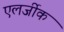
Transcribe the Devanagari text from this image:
एलर्जीक